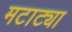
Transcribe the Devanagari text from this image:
मटाट्या